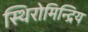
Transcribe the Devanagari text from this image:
स्थिरोमिन्द्रिय